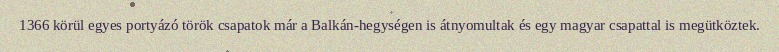
1366 körül egyes portyázó török csapatok már a Balkán-hegységen is átnyomultak és egy magyar csapattal is megütköztek.